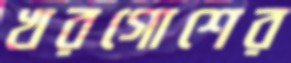
খরগোশের